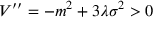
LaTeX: V ^ { \prime \prime } = - m ^ { 2 } + 3 \lambda \sigma ^ { 2 } > 0